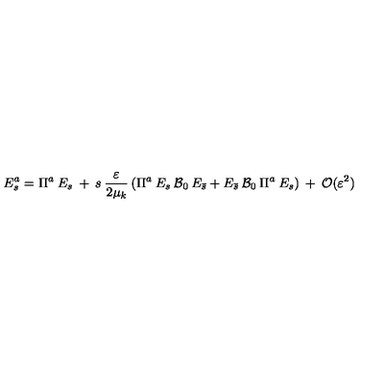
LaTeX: E _ { s } ^ { a } = \Pi ^ { a } \: E _ { s } \: + \: s \: \frac { \varepsilon } { 2 \mu _ { k } } \left( \Pi ^ { a } \: E _ { s } \: { \cal { B } } _ { 0 } \: E _ { \bar { s } } + E _ { \bar { s } } \: { \cal { B } } _ { 0 } \: \Pi ^ { a } \: E _ { s } \right) \: + \: { \cal { O } } ( \varepsilon ^ { 2 } )